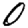
Digit: 0